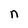
Character: n